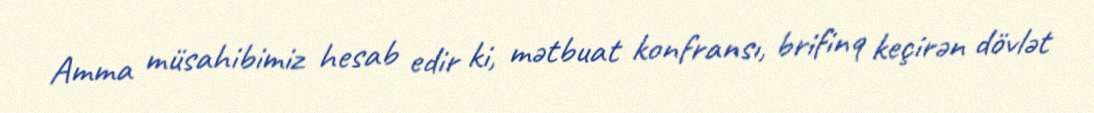
Amma müsahibimiz hesab edir ki, mətbuat konfransı, brifinq keçirən dövlət